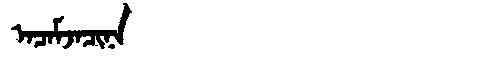
Manchu: ᠠᠴᠠᠮᠵᠠᠴᡳᠨᠠ
Romanization: ACAMJACINA